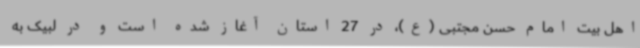
اهل بیت امام حسن مجتبی (ع)، در 27 استان آغاز شده است و در لبیک به